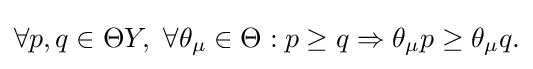
{\textstyle \forall p,q\in \Theta Y,\ \forall \theta _{\mu }\in \Theta :p\geq q\Rightarrow \theta _{\mu }p\geq \theta _{\mu }q.}